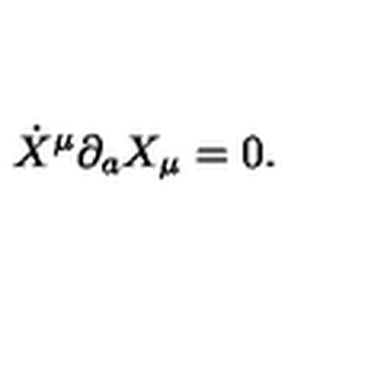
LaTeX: \dot { X } ^ { \mu } \partial _ { a } X _ { \mu } = 0 .